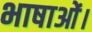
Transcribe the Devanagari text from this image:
भाषाओं।